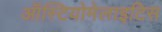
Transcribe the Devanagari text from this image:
ऑस्टियोमेलाइटिस